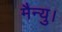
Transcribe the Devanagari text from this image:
मैन्यु।